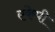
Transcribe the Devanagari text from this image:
एकेपी